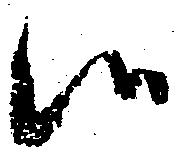
候